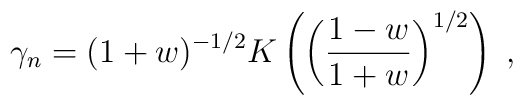
\gamma_n=(1+w)^{-1/2}K\left(\left(\frac{1-w}{1+w}\right)^{1/2}\right)\;,